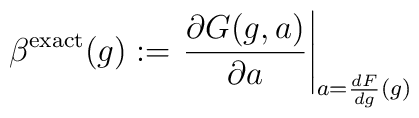
\beta^{\rm exact}(g) := \left.\frac{\partial G(g,a)}{\partial a} \right|_{a= \frac{dF}{dg} (g)}